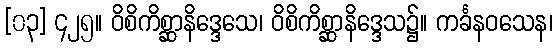
[၀၃] ၄၂၅။ ဝိစိကိစ္ဆာနိဒ္ဒေသေ၊ ဝိစိကိစ္ဆာနိဒ္ဒေသ၌။ ကင်္ခနဝသေန၊